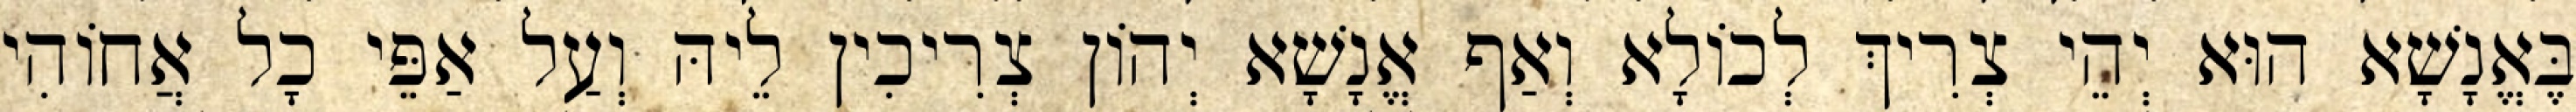
בֶּאֱנָשָׁא הוּא יְהֵי צְרִיךְ לְכוֹלָא וְאַף אֱנָשָׁא יְהוֹן צְרִיכִין לֵיהּ וְעַל אַפֵּי כָל אֲחוֹהִי